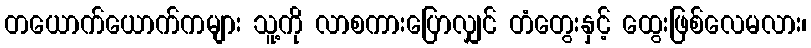
တယောက်ယောက်ကများ သူ့ကို လာစကားပြောလျှင် တံတွေးနှင့် ထွေးဖြစ်လေမလား၊